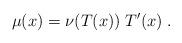
LaTeX: \begin{align*}\mu(x)=\nu(T(x)) \;T'(x)\;.\end{align*}